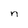
Character: n